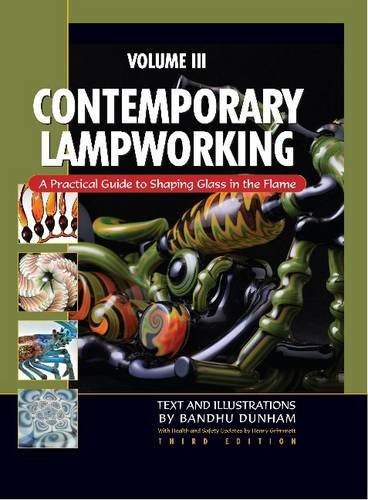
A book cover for Contemporary Lampworking Volume III; Bandhu Dunham; Crafts, Hobbies & Home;